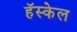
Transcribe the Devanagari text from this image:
हॅस्केल